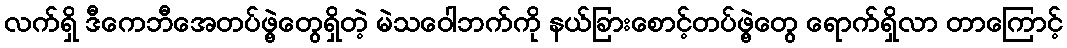
လက်ရှိ ဒီကေဘီအေတပ်ဖွဲ့တွေရှိတဲ့ မဲသဝေါဘက်ကို နယ်ခြားစောင့်တပ်ဖွဲ့တွေ ရောက်ရှိလာ တာကြောင့်